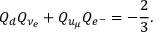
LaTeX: Q _ { d } Q _ { \nu _ { e } } + Q _ { u _ { \mu } } Q _ { e ^ { - } } = - { \frac { 2 } { 3 } } .